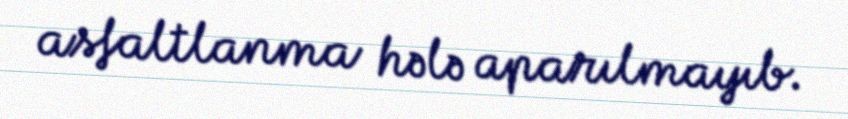
asfaltlanma hələ aparılmayıb.